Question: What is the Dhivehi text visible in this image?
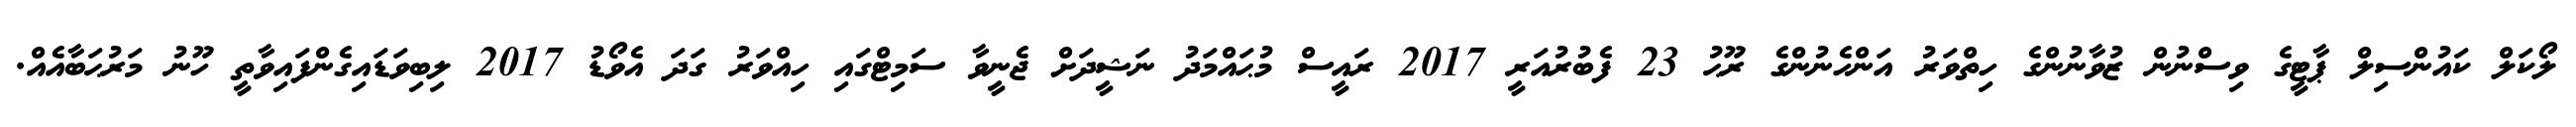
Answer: ލޯކަލް ކައުންސިލް ޕާޓީގެ ވިސްނުން ޒުވާނުންގެ ހިތްވަރު އަންހެނުންގެ ރޫޙު 23 ފެބުރުއަރީ 2017 ރައީސް މުޙައްމަދު ނަޝީދަށް ޖެނީވާ ސަމިޓްގައި ހިއްވަރު ގަދަ އެވޯޑު 2017 ލިބިވަޑައިގެންފައިވާތީ ހޫނު މަރުޙަބާއެއް.